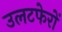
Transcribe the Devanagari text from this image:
उलटफेरों